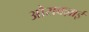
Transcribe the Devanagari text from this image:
औराक्ज़ाई